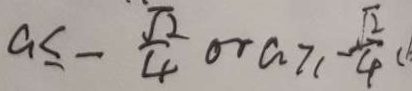
a \leq - \frac { \sqrt { 2 } } { 4 } o r a \geq - \frac { \sqrt { 2 } } { 4 } (